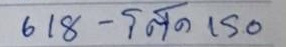
618 - โต๊ด 150